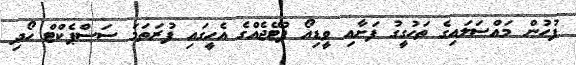
ފުހުން މައްސަލައިގެ ތަހުގީގު ފަށާއި ވީޑިއޯ ފުޓޭޖެއްގެ އެހީގައި ފުރަތަމަ ސަސްޕެކްޓް ހޯދި